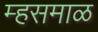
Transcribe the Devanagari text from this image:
म्हसमाळ